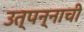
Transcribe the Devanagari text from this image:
उत्पन्‍नाची